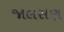
જાલસણ